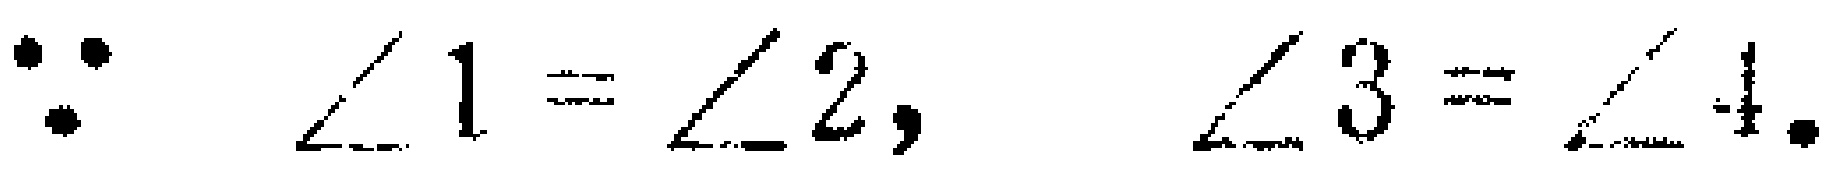
$\because \angle 1=\angle 2,\ \angle 3=\angle 4.$